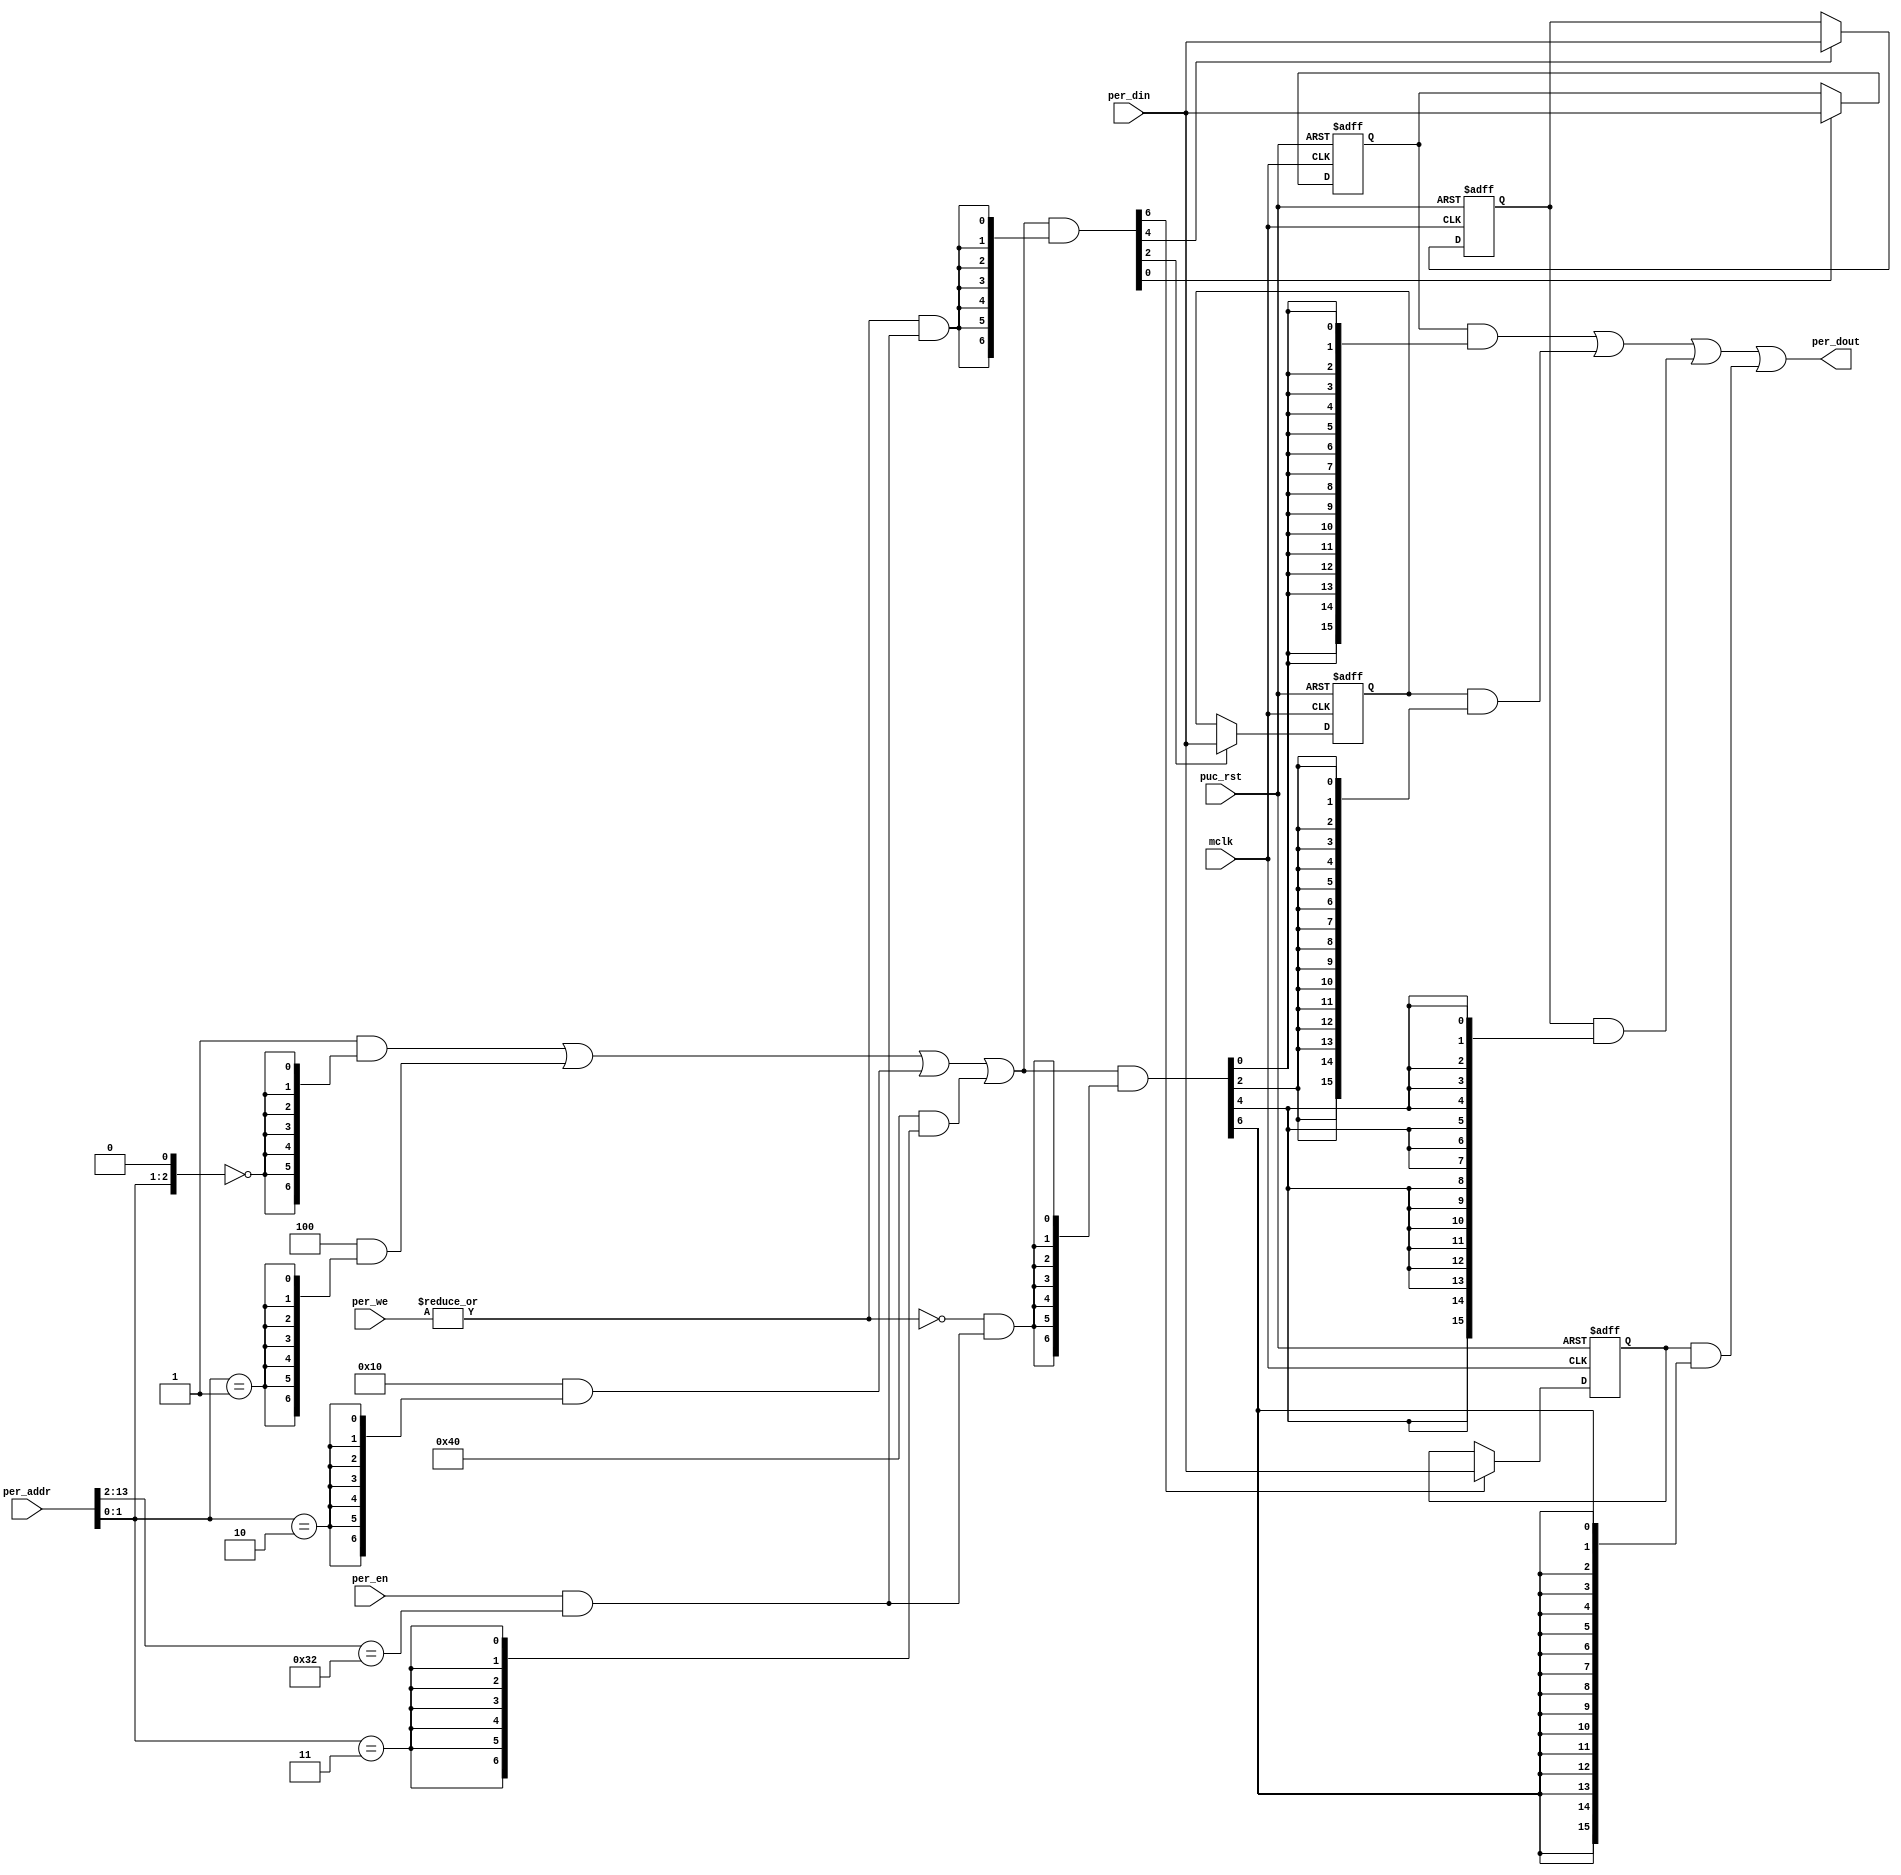
module  template_periph_16b (
    per_dout,                       
    mclk,                           
    per_addr,                       
    per_din,                        
    per_en,                         
    per_we,                         
    puc_rst                         
);
output       [15:0] per_dout;       
input               mclk;           
input        [13:0] per_addr;       
input        [15:0] per_din;        
input               per_en;         
input         [1:0] per_we;         
input               puc_rst;        
parameter       [14:0] BASE_ADDR   = 15'h0190;
parameter              DEC_WD      =  3;
parameter [DEC_WD-1:0] CNTRL1      = 'h0,
                       CNTRL2      = 'h2,
                       CNTRL3      = 'h4,
                       CNTRL4      = 'h6;
parameter              DEC_SZ      =  (1 << DEC_WD);
parameter [DEC_SZ-1:0] BASE_REG    =  {{DEC_SZ-1{1'b0}}, 1'b1};
parameter [DEC_SZ-1:0] CNTRL1_D    = (BASE_REG << CNTRL1),
                       CNTRL2_D    = (BASE_REG << CNTRL2),
                       CNTRL3_D    = (BASE_REG << CNTRL3),
                       CNTRL4_D    = (BASE_REG << CNTRL4);
wire              reg_sel   =  per_en & (per_addr[13:DEC_WD-1]==BASE_ADDR[14:DEC_WD]);
wire [DEC_WD-1:0] reg_addr  =  {per_addr[DEC_WD-2:0], 1'b0};
wire [DEC_SZ-1:0] reg_dec   =  (CNTRL1_D  &  {DEC_SZ{(reg_addr == CNTRL1 )}})  |
                               (CNTRL2_D  &  {DEC_SZ{(reg_addr == CNTRL2 )}})  |
                               (CNTRL3_D  &  {DEC_SZ{(reg_addr == CNTRL3 )}})  |
                               (CNTRL4_D  &  {DEC_SZ{(reg_addr == CNTRL4 )}});
wire              reg_write =  |per_we & reg_sel;
wire              reg_read  = ~|per_we & reg_sel;
wire [DEC_SZ-1:0] reg_wr    = reg_dec & {DEC_SZ{reg_write}};
wire [DEC_SZ-1:0] reg_rd    = reg_dec & {DEC_SZ{reg_read}};
reg  [15:0] cntrl1;
wire        cntrl1_wr = reg_wr[CNTRL1];
always @ (posedge mclk or posedge puc_rst)
  if (puc_rst)        cntrl1 <=  16'h0000;
  else if (cntrl1_wr) cntrl1 <=  per_din;
reg  [15:0] cntrl2;
wire        cntrl2_wr = reg_wr[CNTRL2];
always @ (posedge mclk or posedge puc_rst)
  if (puc_rst)        cntrl2 <=  16'h0000;
  else if (cntrl2_wr) cntrl2 <=  per_din;
reg  [15:0] cntrl3;
wire        cntrl3_wr = reg_wr[CNTRL3];
always @ (posedge mclk or posedge puc_rst)
  if (puc_rst)        cntrl3 <=  16'h0000;
  else if (cntrl3_wr) cntrl3 <=  per_din;
reg  [15:0] cntrl4;
wire        cntrl4_wr = reg_wr[CNTRL4];
always @ (posedge mclk or posedge puc_rst)
  if (puc_rst)        cntrl4 <=  16'h0000;
  else if (cntrl4_wr) cntrl4 <=  per_din;
wire [15:0] cntrl1_rd  = cntrl1  & {16{reg_rd[CNTRL1]}};
wire [15:0] cntrl2_rd  = cntrl2  & {16{reg_rd[CNTRL2]}};
wire [15:0] cntrl3_rd  = cntrl3  & {16{reg_rd[CNTRL3]}};
wire [15:0] cntrl4_rd  = cntrl4  & {16{reg_rd[CNTRL4]}};
wire [15:0] per_dout   =  cntrl1_rd  |
                          cntrl2_rd  |
                          cntrl3_rd  |
                          cntrl4_rd;
endmodule